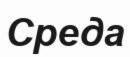
Среда